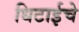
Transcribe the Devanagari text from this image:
धिटाईचे